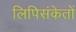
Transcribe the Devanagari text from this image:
लिपिसंकेतों